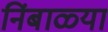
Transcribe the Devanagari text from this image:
निंबाळ्या